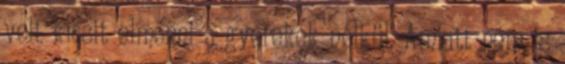
volt kicsit elmenni a gyerekek nélkül. Amiatt nem is